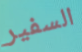
السفير